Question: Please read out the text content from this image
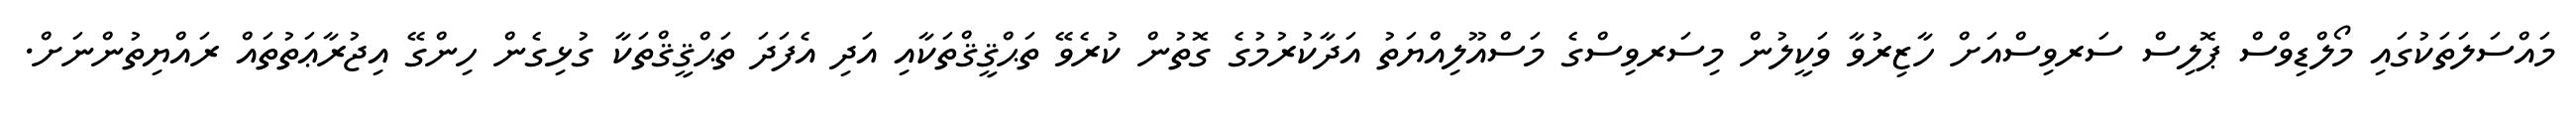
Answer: މައްސަލަތަކުގައި މޯލްޑިވްސް ޕޮލިސް ސަރވިސްއަށް ހާޒިރުވާ ވަކީލުން މިސަރވިސްގެ މަސްއޫލިއްޔަތު އަދާކުރުމުގެ ގޮތުން ކުރެވޭ ތަޙްޤީޤްތަކާއި އަދި އެފަދަ ތަޙްޤީޤްތަކާ ގުޅިގެން ހިންގޭ އިޖުރާޢަތުތައް ރައްޔިތުންނަށް.